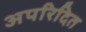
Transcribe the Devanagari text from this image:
अपरिदित